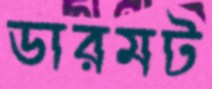
ডারমট